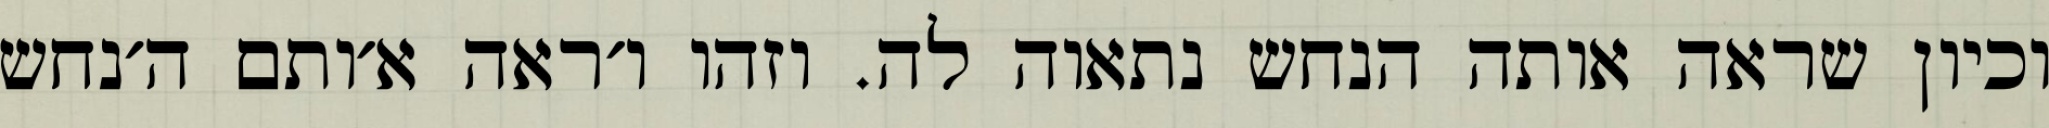
וכיון שראה אותה הנחש נתאוה לה. וזהו ו׳ראה א׳ותם ה׳נחש